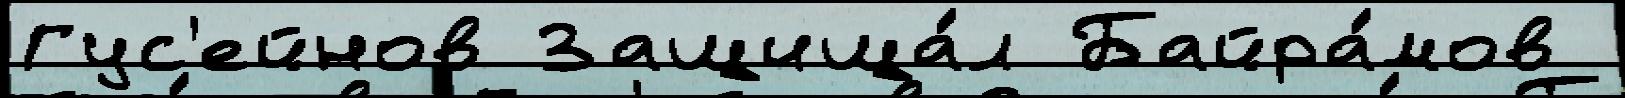
Гус'ейнов Защища́л Байра́мов